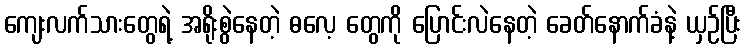
ကျေးလက်သားတွေရဲ့ အရိုးစွဲနေတဲ့ ဓလေ့ တွေကို ပြောင်းလဲနေတဲ့ ခေတ်နောက်ခံနဲ့ ယှဉ်ပြီး